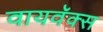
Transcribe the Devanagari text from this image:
वायवॅक्स